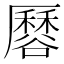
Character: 𧯏